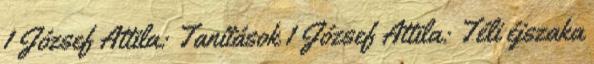
1 József Attila: Tanítások 1 József Attila: Téli éjszaka